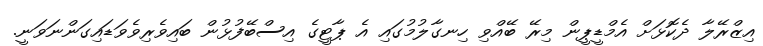
އިޒްރޭލާ ދެކޮޅަށް އެމްޑީޕީން މިރޭ ބޭއްވި ހިނގާލުމުގައި އެ ޕާޓީގެ އިސްބޭފުޅުން ބައިވެރިވެވަޑައިގަންނަވަނީ.